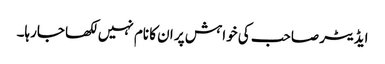
ایڈیٹر صاحب کی خواہش پر ان کا نام نہیں لکھا جارہا۔